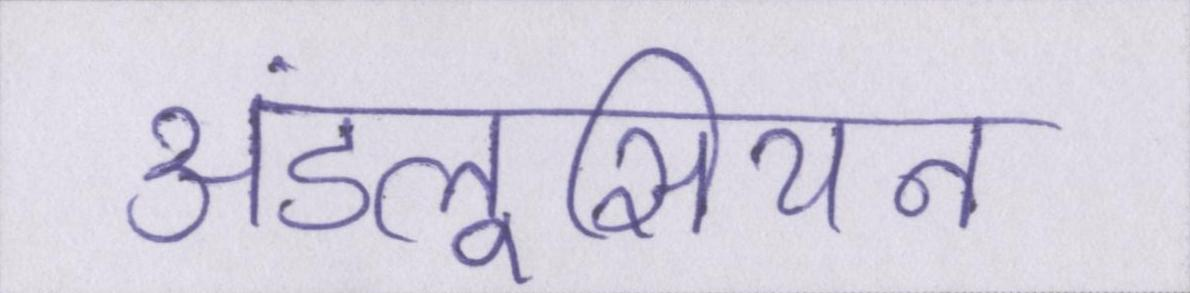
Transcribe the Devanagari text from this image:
अंडलूसियन